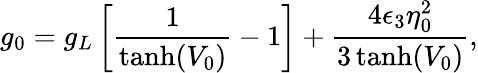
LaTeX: g_{0}=g_{L}\left[\frac{1}{\operatorname{tanh}(V_{0})}-1\right]+\frac{4\epsilon_{3}\eta_{0}^{2}}{3\operatorname{tanh}(V_{0})},